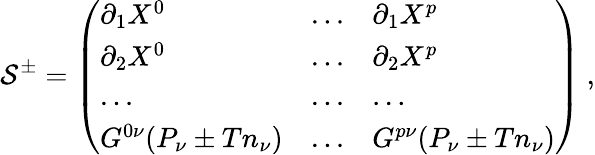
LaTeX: \mathcal{S}^{\pm}=\left(\begin{array}{lll}{{\partial_{1}X^{0}}}&{{...}}&{{\partial_{1}X^{p}}}\\ {{\partial_{2}X^{0}}}&{{...}}&{{\partial_{2}X^{p}}}\\ {{...}}&{{...}}&{{...}}\\ {{G^{0\nu}(P_{\nu}\pm Tn_{\nu})}}&{{...}}&{{G^{p\nu}(P_{\nu}\pm Tn_{\nu})}}\end{array}\right)\ ,